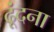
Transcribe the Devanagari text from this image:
ढूंदना